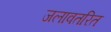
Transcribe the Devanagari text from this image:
जलावतरित